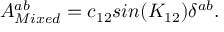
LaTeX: A _ { M i x e d } ^ { a b } = c _ { 1 2 } s i n ( K _ { 1 2 } ) \delta ^ { a b } .